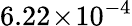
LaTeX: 6.22\! \times\! 10^{-4}